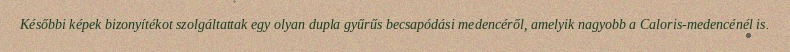
Későbbi képek bizonyítékot szolgáltattak egy olyan dupla gyűrűs becsapódási medencéről, amelyik nagyobb a Caloris-medencénél is.